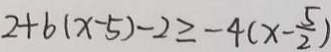
2 + 6 ( x - 5 ) - 2 \geq - 4 ( x - \frac { 5 } { 2 } )